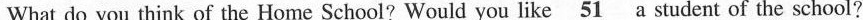
What do you think of the Home School? Would you like \underline{51} a student of the school?